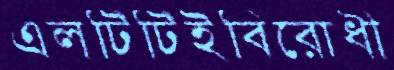
এলটিটিইবিরোধী